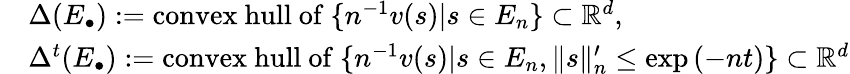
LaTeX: \begin{array}{rl}&{\Delta(E_{\bullet}):=\mathrm{convex~hull~of~}\{ n^{-1}v(s)|s\in E_{n}\} \subset\mathbb{R}^{d},}\\ &{\Delta^{t}(E_{\bullet}):=\mathrm{convex~hull~of~}\{ n^{-1}v(s)|s\in E_{n},\lVert s\rVert_{n}^{\prime}\leq\exp{(-nt)}\} \subset\mathbb{R}^{d}}\end{array}